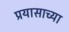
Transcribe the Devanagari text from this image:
प्रयासाच्या